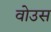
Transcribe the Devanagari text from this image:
वोउस